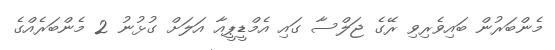
މެންބަރުން ބައިވެރިވި ރޭގެ ޖަލްސާ ގައި އެމްޑީޕީއާ އަލަށް ގުޅުނު 2 މެންބަރެއްގެ